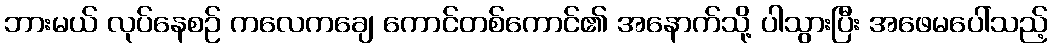
ဘားမယ် လုပ်နေစဉ် ကလေကချေ ကောင်တစ်ကောင်၏ အနောက်သို့ ပါသွားပြီး အဖေမပေါ်သည့်